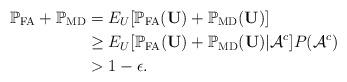
LaTeX: \begin{align*}\mathbb{P}_{\rm FA} + \mathbb{P}_{\rm MD} & = E_U[\mathbb{P}_{\rm FA}({\mathbf U}) + \mathbb{P}_{\rm MD}({\mathbf U})] \\& \geq E_U[\mathbb{P}_{\rm FA}({\mathbf U}) + \mathbb{P}_{\rm MD}({\mathbf U}) | {\mathcal A}^c] P({\mathcal A}^c) \\& > 1 - \epsilon.\end{align*}